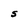
Character: S